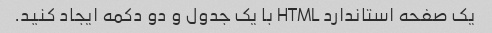
یک صفحه استاندارد HTML با یک جدول و دو دکمه ایجاد کنید.